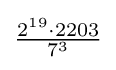
{\tfrac {2^{19}\cdot 2203}{7^{3}}}